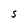
Character: S